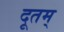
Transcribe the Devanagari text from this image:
दूतम्‌